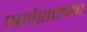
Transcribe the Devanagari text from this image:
अर्थशास्त्रम